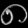
Digit: ၈